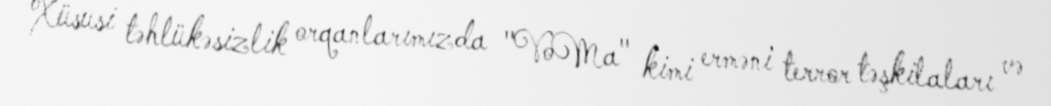
Xüsusi təhlükəsizlik orqanlarımızda "VoMa" kimi erməni terror təşkilaları və